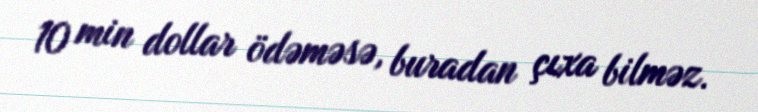
10 min dollar ödəməsə, buradan çıxa bilməz.